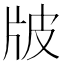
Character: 𤖷